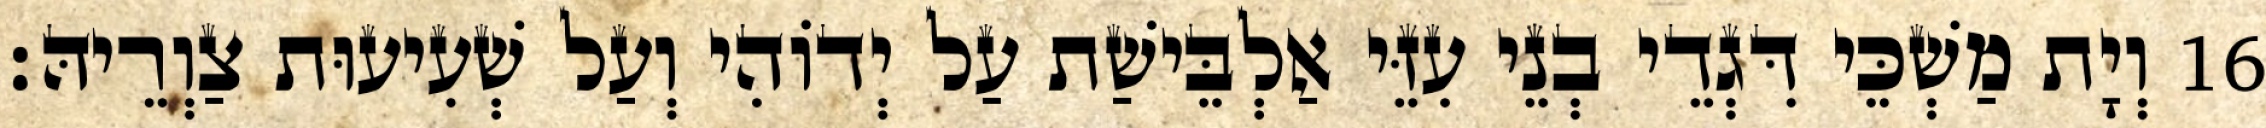
16 וְיָת מַשְׁכֵּי דִּגְדֵי בְנֵי עִזֵּי אַלְבֵּישַׁת עַל יְדוֹהִי וְעַל שְׁעִיעוּת צַוְרֵיהּ׃